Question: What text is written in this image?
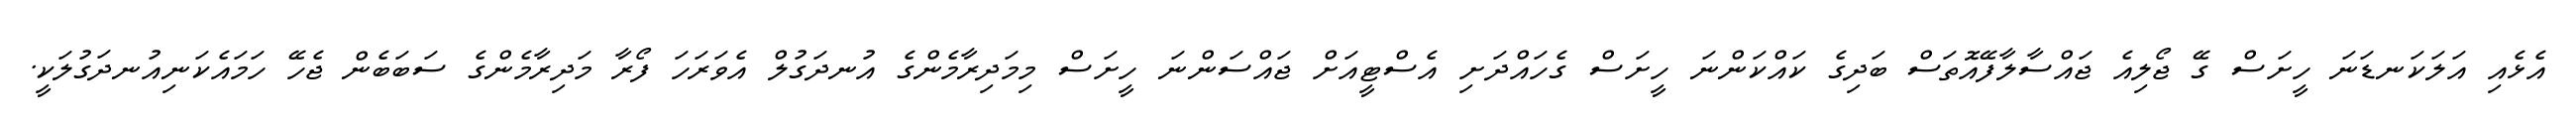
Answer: އެޅެއި އަލަކަނޑަނަ ހީށަސް ގޭ ޖޯލިއެ ޖައްސާލާފޭއޮތަސް ބަދިގެ ކައްކަންނަ ހީށަސް ގެހައްދަށި އެސްޓީއަށް ޖައްސަންނަ ހީށަސް މިމަދިރާމެންގެ އުނދަގުލް އެވަރަހަ ފޯރާ މަދިރާމެންގެ ސަބަބެން ޖެހޭ ހަމައެކަނިއުނދަގުލަކީ.